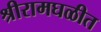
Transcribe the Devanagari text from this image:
श्रीरामघळीत